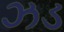
ઝડ